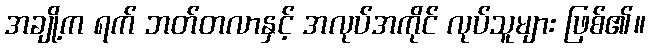
အချို့က ရက် ဘတ်တလာနှင့် အလုပ်အကိုင် လုပ်သူများ ဖြစ်၏။